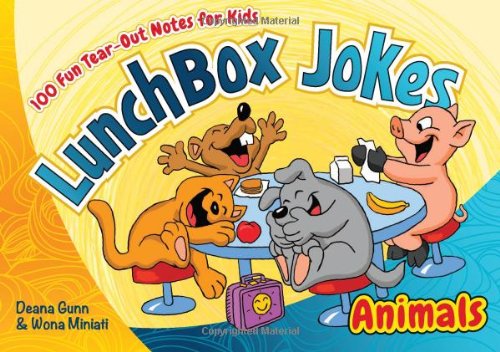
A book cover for Lunchbox Jokes: Animals; Deana Gunn; Humor & Entertainment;